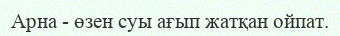
Арна - өзен суы ағып жатқан ойпат.